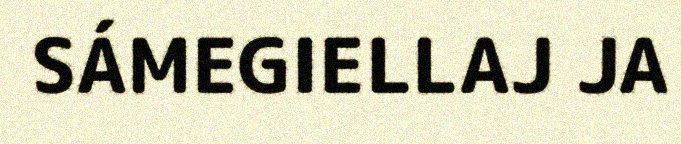
SÁMEGIELLAJ JA